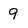
Character: 9